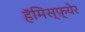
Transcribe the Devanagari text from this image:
हॅमिस्फ़्येर